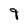
Character: 9